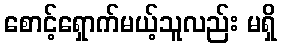
စောင့်ရှောက်မယ့်သူလည်း မရှိ